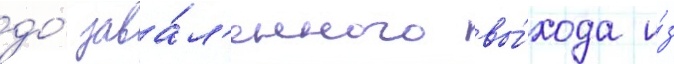
до́ зава́л'енного вы́хода и́з